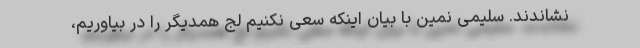
نشاندند. سلیمی نمین با بیان اینکه سعی نکنیم لج همدیگر را در بیاوریم،